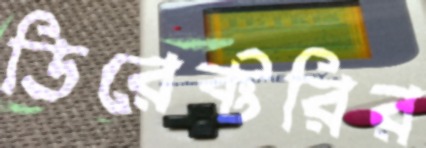
ডিরেক্টরির